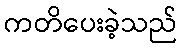
ကတိပေးခဲ့သည်